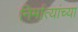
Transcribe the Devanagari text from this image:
निर्मात्यांच्या